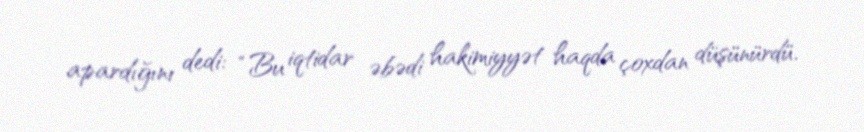
apardığını dedi: “Bu iqtidar əbədi hakimiyyət haqda çoxdan düşünürdü.